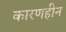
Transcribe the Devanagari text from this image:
कारणहीन